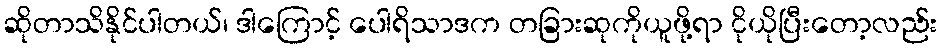
ဆိုတာသိနိုင်ပါတယ်၊ ဒါကြောင့် ပေါရိသာဒက တခြားဆုကိုယူဖို့ရာ ငိုယိုပြီးတော့လည်း